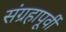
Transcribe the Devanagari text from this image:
संग्रहापूर्वी